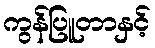
ကွန်ပြူတာနှင့်